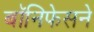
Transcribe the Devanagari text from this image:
बॉनिफेसने